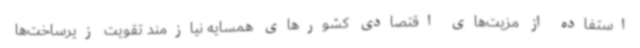
استفاده از مزیت‌های اقتصادی کشورهای همسایه نیازمند تقویت زیرساخت‌ها